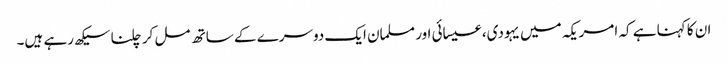
ان کا کہنا ہے کہ امریکہ میں یہودی، عیسائی اور مسلمان ایک دوسرے کے ساتھ مل کر چلنا سیکھ رہے ہیں۔